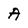
Character: A